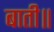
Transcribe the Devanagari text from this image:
बाती॥